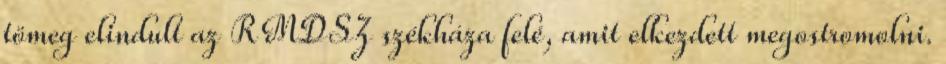
tömeg elindult az RMDSZ székháza felé, amit elkezdett megostromolni.